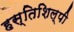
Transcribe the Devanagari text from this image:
हस्तिशिल्पी